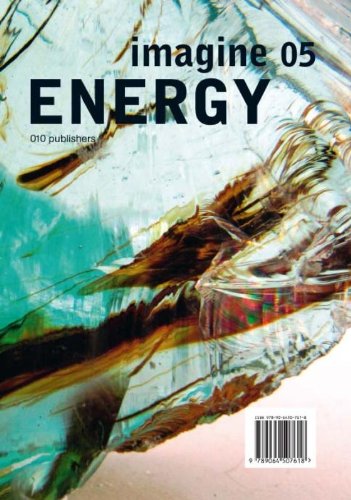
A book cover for Imagine No. 05: Energy; Ulrich Knaack; Crafts, Hobbies & Home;